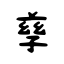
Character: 孳